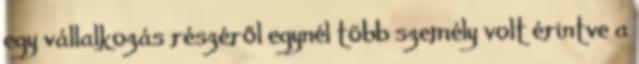
egy vállalkozás részéről egynél több személy volt érintve a